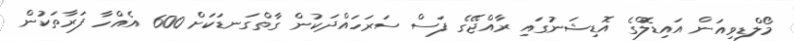
މޯލްޑިވިއަން އައިޑޮލްގެ އޮޑިޝަނުގައި ރާއްޖޭގެ ފަސް ސަރަހައްދަކުން ގާތްގަނޑަކަށް 600 އެއްހާ ފަރާތަކުން